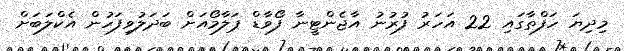
މިދިޔަ ހަފްތާގައި 22 އަހަރު ފުރުނު އާޖެންޓީނާ ފޯވާޑް ޕަލާމޯއަށް ބަދަލުވިފަހުން އެކްލަބަށް